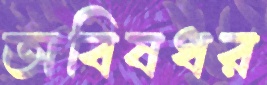
অবিষধর